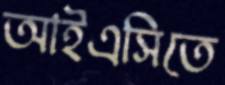
আইএসিতে